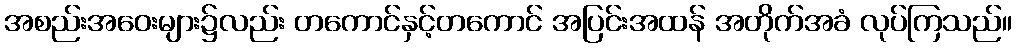
အစည်းအဝေးများ၌လည်း တကောင်နှင့်တကောင် အပြင်းအထန် အတိုက်အခံ လုပ်ကြသည်။